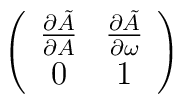
\left(\begin{array}{cc}\frac{\partial\tilde{A}}{\partial A} & \frac{\partial\tilde{A}}{\partial \omega} \\0 & 1\end{array}\right)